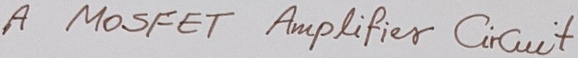
Text: A mosfet Amplifier Circuit